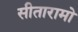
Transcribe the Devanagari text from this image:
सीतारामो